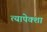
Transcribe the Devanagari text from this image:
त्यापेक्शा